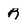
Character: R